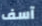
آسف